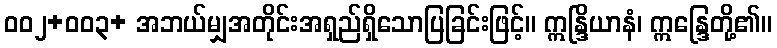
ဝဝ၂+ဝဝ၃+ အဘယ်မျှအတိုင်းအရှည်ရှိသောပြခြင်းဖြင့်။ ဣန္ဒြိယာနံ၊ ဣန္ဒြေတို့၏။